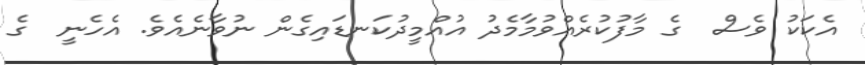
އެކަކު ވެސް  ގެ މާފުކުރެއްވުމާމެދު އުއްމީދުކަނޑައިގެން ނުވާނެއެވެ. އެހެނީ  ގެ